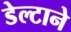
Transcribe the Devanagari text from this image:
डेल्टाने